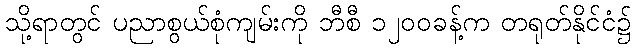
သို့ရာတွင် ပညာစွယ်စုံကျမ်းကို ဘီစီ ၁၂၀၀ခန့်က တရုတ်နိုင်ငံ၌